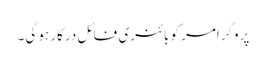
پروگرامر کو بائنری فائل درکار ہو گی۔